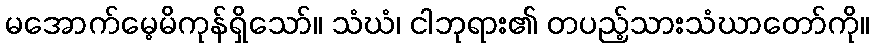
မအောက်မေ့မိကုန်ရှိသော်။ သံဃံ၊ ငါဘုရား၏ တပည့်သားသံဃာတော်ကို။